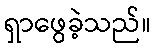
ရှာဖွေခဲ့သည်။